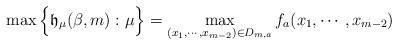
LaTeX: \begin{align*}\max\Big\{\frak{h}_\mu(\beta,m): \mu\Big\}=\max_{(x_1,\cdots,x_{m-2})\in D_{m,a}} f_a(x_1,\cdots,x_{m-2})\end{align*}